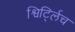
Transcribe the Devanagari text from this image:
श्विर्ट्लिच